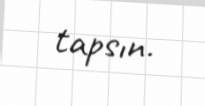
tapsın.